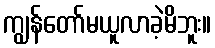
ကျွန်တော်မယူလာခဲ့မိဘူး။